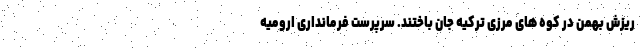
ریزش بهمن در کوه های مرزی ترکیه جان باختند. سرپرست فرمانداری ارومیه